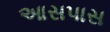
આસપાસ